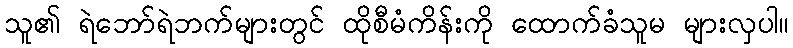
သူ၏ ရဲဘော်ရဲဘက်များတွင် ထိုစီမံကိန်းကို ထောက်ခံသူမ များလှပါ။